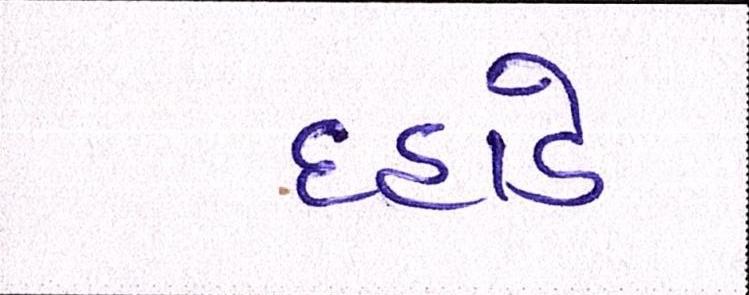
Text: દહાડે